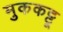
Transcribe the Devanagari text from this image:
मुककट्टू